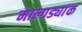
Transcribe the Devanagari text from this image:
माल्गड्यांक